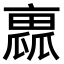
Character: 𠆁